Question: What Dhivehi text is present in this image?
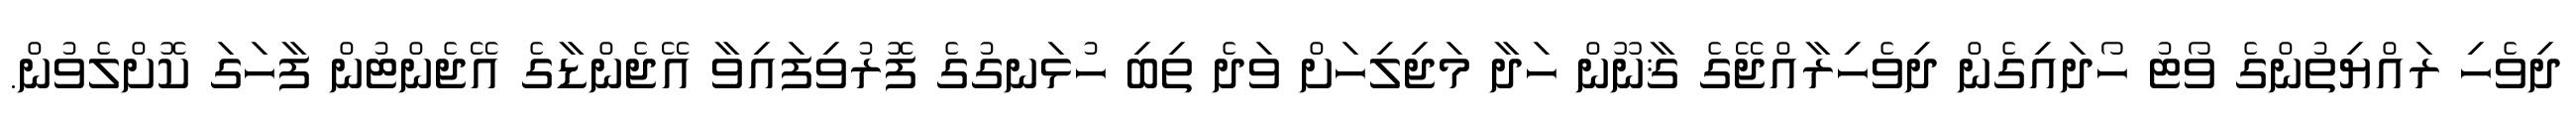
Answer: ދިވެހި ރައްޔިތުންގެ ވޯޓު ހޯދައިގެން ދިވެހިރާއްޖޭގެ ޤާނޫން ހަދާ މަޖިލިހަށް ވަދެ ތިބި ހުޅަނގުގެ ފޮރުވިފައިވާ އޭޖެންޑާގެ އޭޖެންޓުން ފާހަގަ ކޮށްލެވުން.